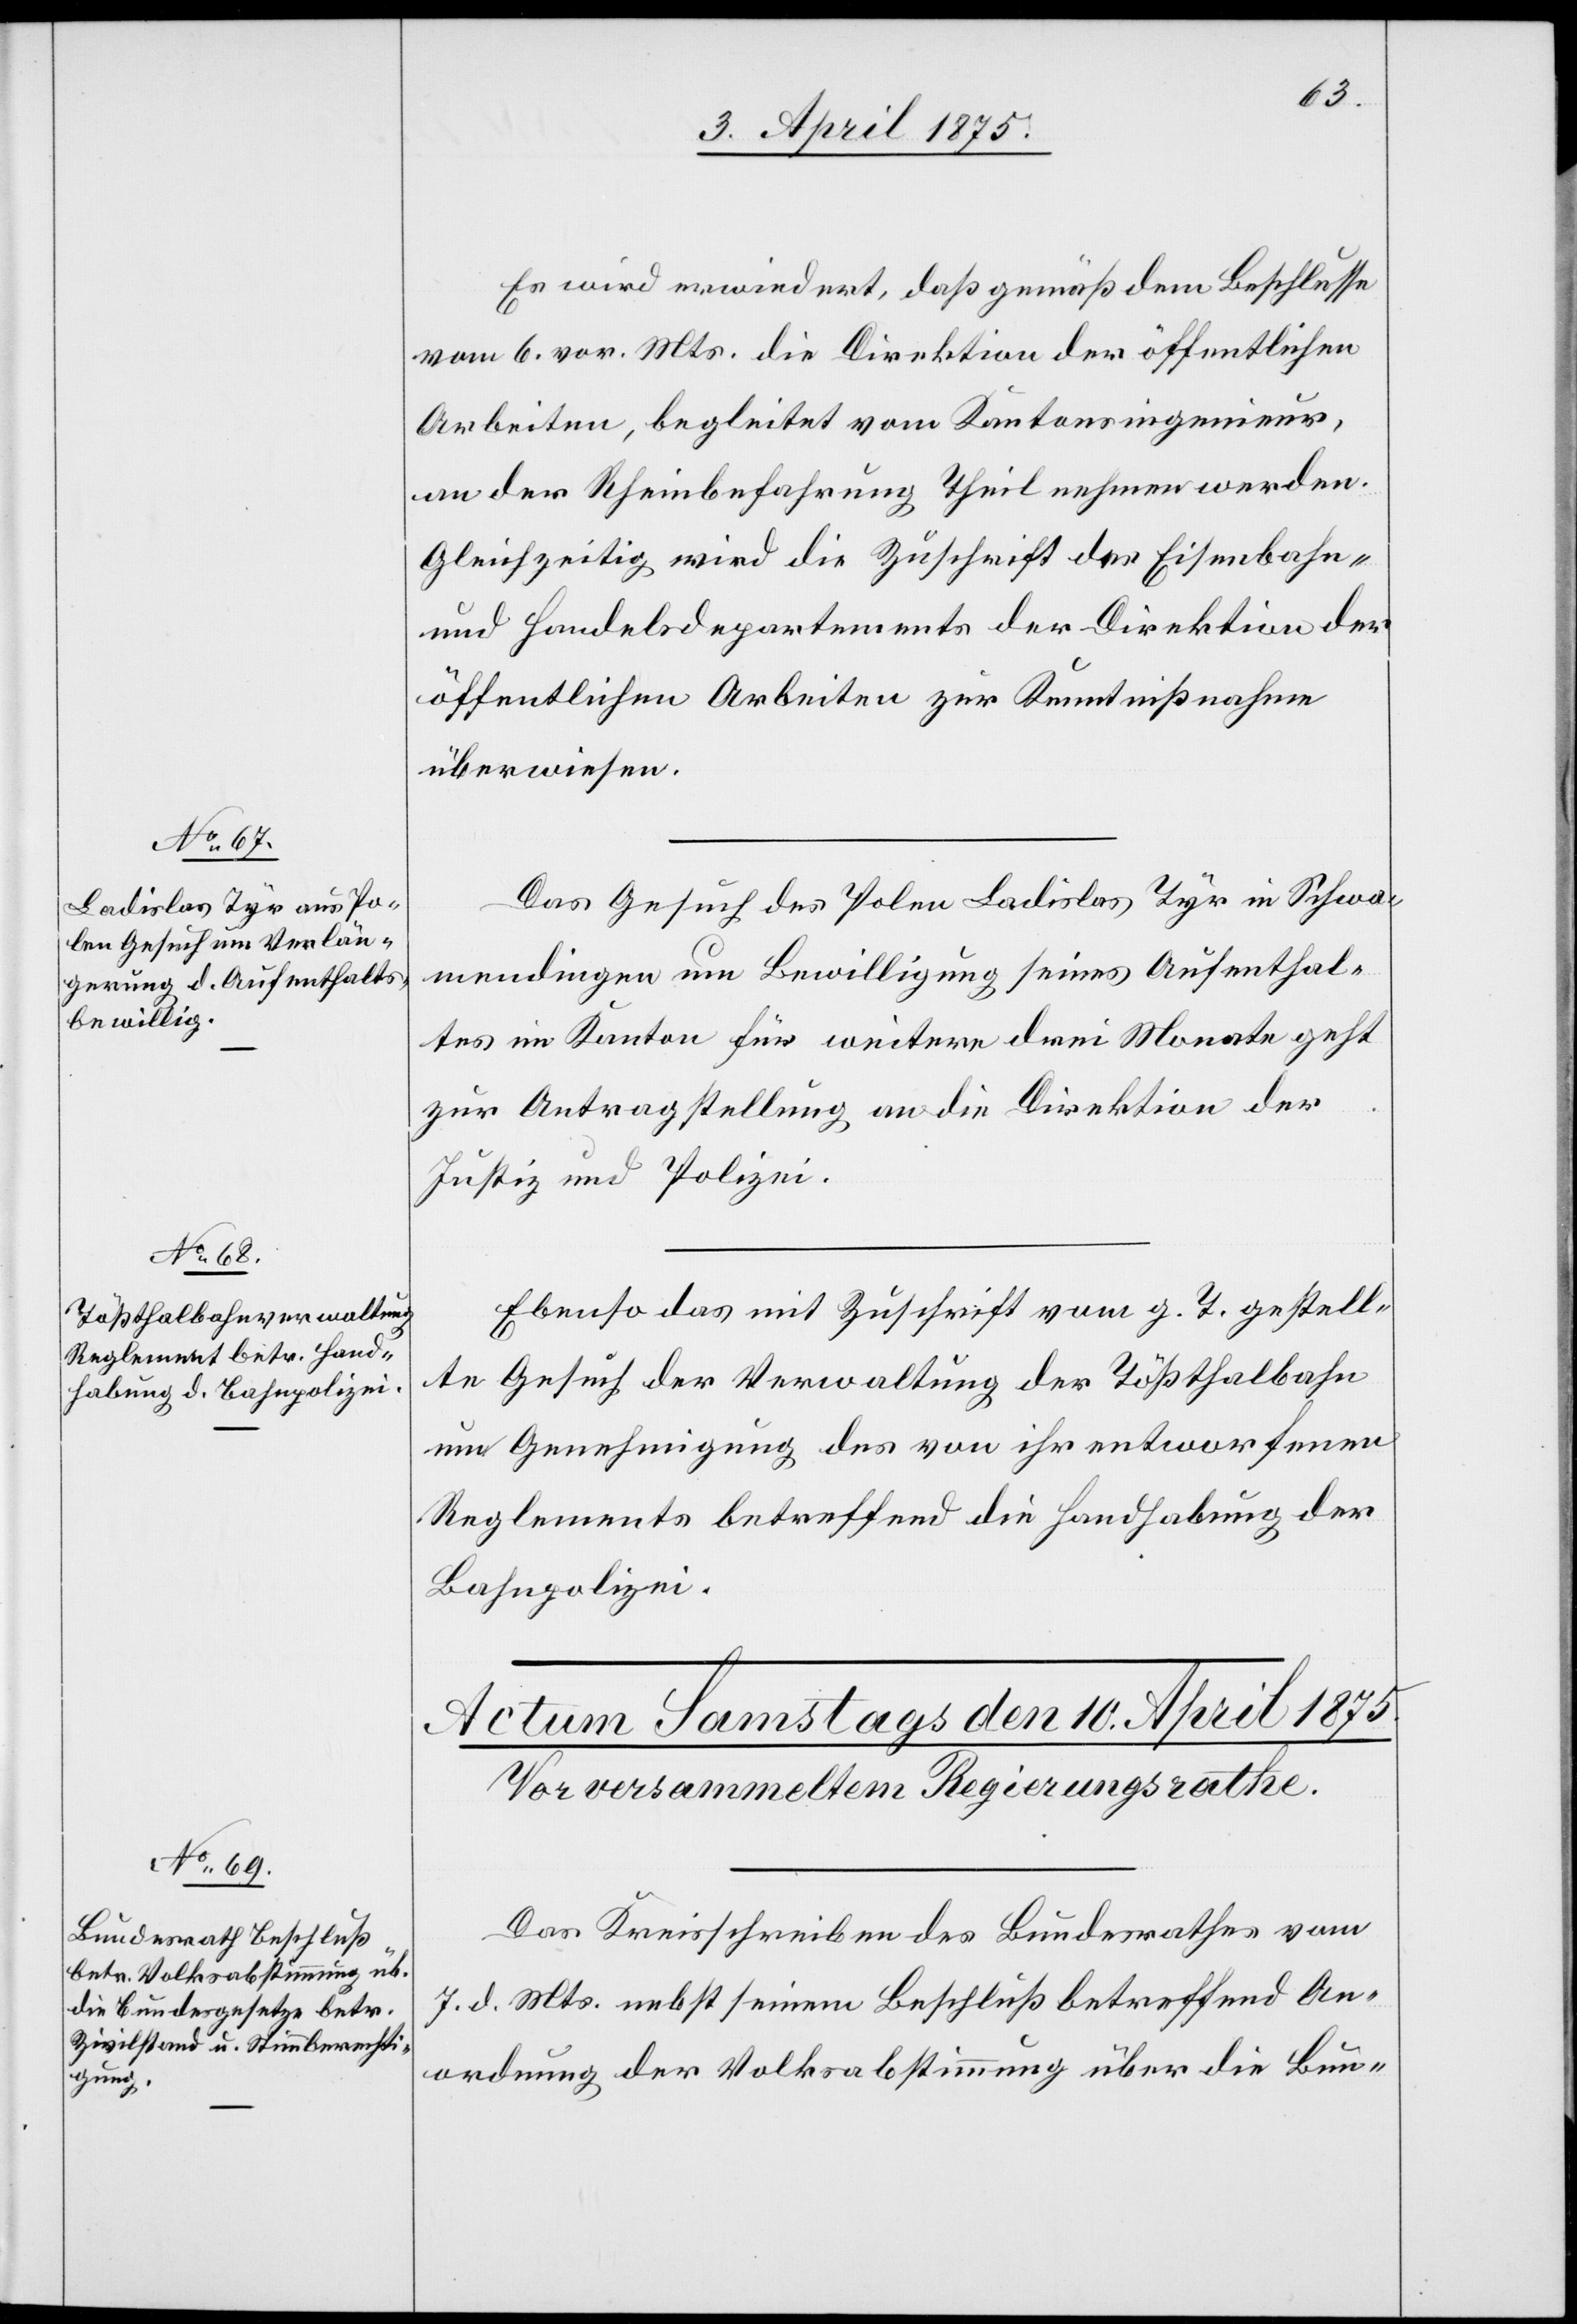
9. April 1875.]
Es wird erwiedert, daß gemäß dem Beschlusse
vom 6. vor. Mts. die Direktion der öffentlichen
Arbeiten, begleitet vom Kantonsingenieur,
an der Rheinbefahrung Theil nehmen werden.
Gleichzeitig wird die Zuschrift des Eisenbahn-
und Handelsdepartement der Direktion der
öffentlichen Arbeiten zur Kenntnißnahme
überwiesen.
Das Gesuch des Polen Ladislas Tyr in Schwa¬
mendingen um Bewilligung seines Aufenthal¬
tes im Kanton für weitere drei Monate geht
zur Antragstellung an die Direktion der
Justiz und Polizei.
Ebenso das mit Zuschrift vom g. T. gestell¬
te Gesuch der Verwaltung der Tößthalbahn
um Genehmigung des von ihr entworfenen
Reglements betreffend die Handhabung der
Bahnpolizei.
Das Kreisschreiben des Bundesrathes vom
7. d. Mts. nebst seinem Beschluß betreffend An¬
ordnung der Volksabstimmung über die Bun-